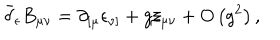
LaTeX: \bar { \delta } _ { \epsilon } B _ { \mu \nu } = \partial _ { \left[ \mu \right. } \epsilon _ { \left. \nu \right] } + g \xi _ { \mu \nu } + O \left( g ^ { 2 } \right) ,